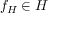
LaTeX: f _ { H } \in H